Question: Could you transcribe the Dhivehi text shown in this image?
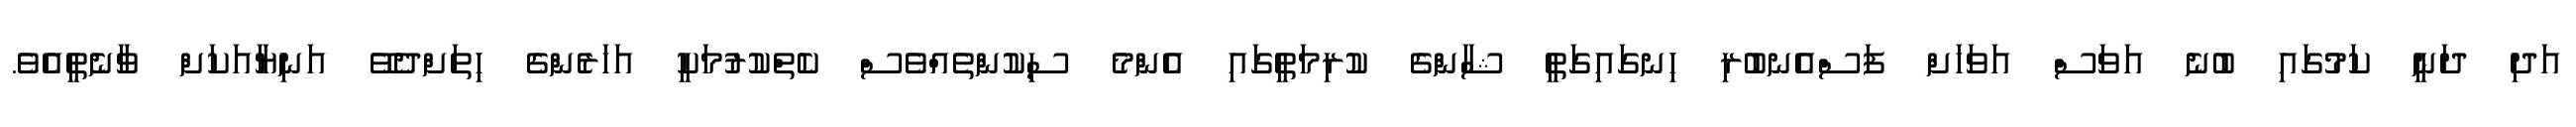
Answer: އަދި ދަނީ ކަމުގައި ބުނެ އަވަސް އަވަހަށް ފަސްއެނބުރި ހިނގައިގަތީ ޝާންގެ ކުރިމަތީގައި އެންމެ ސިކުންތެއްވެސް ކެތްކުރުމަކީ އަހަރެންގެ ހިތަށްދެވޭ އަނިޔާއަކަށް ވާނެތީއެވެ.